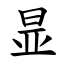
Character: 㫫